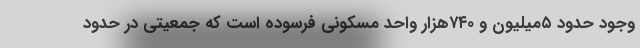
وجود حدود ۵میلیون و ۷۴۰هزار واحد مسکونی فرسوده است که جمعیتی در حدود